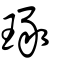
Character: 琢